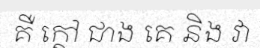
គឺ ក្តៅ ជាង គេ និង វា